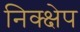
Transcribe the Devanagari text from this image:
निक्क्षेप